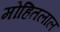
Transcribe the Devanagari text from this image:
मोहितलाल